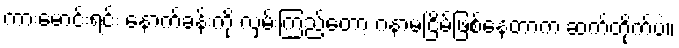
ကားမောင်းရင်း နောက်ခန်းကို လှမ်းကြည့်တော့ ဂနာမငြိမ်ဖြစ်နေတာက ဆက်တိုက်ပဲ။